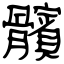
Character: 髕